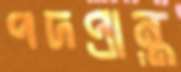
পদপ্রান্ত